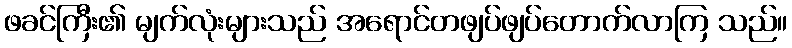
ဖခင်ကြီး၏ မျက်လုံးများသည် အရောင်တဖျပ်ဖျပ်တောက်လာကြ သည်။